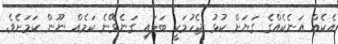
އެކެއް އަނެކެއްގެ ގަޔަށް ކުޅު ޖެހުމަކީ ބަލައި ގަނެވޭނެ ކަމެއް ނޫން ކަމަށެވެ.